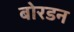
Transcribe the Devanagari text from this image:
बोरडन